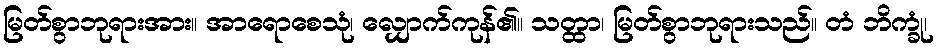
မြတ်စွာဘုရားအား။ အာရောစေသုံ၊ လျှောက်ကုန်၏။ သတ္ထာ၊ မြတ်စွာဘုရားသည်။ တံ ဘိက္ခုံ၊